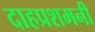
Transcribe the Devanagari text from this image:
दाहप्रशमनी